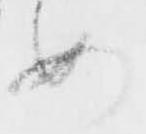
め